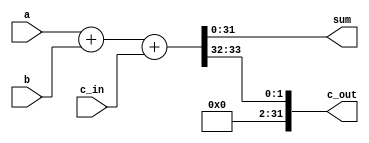
`timescale 1ns / 1ps
//////////////////////////////////////////////////////////////////////////////////
// Company: 
// Engineer: 
// 
// Design Name: 
// Module Name: Verification_64_bits
// Project Name: 
// Target Devices: 
// Tool Versions: 
// Description: 
// 
// Dependencies: 
// 
// Revision:
// Revision 0.01 - File Created
// Additional Comments:
// 
//////////////////////////////////////////////////////////////////////////////////


module Verification_32_bits(a, b, c_in, sum, c_out);
    
    input  [31:0]   a, b;
	input           c_in;
	output [31:0]   c_out, sum;

	assign {c_out, sum} = a + b + c_in;

endmodule